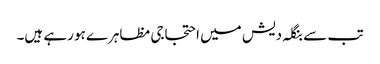
تب سے بنگلہ دیش میں احتجاجی مظاہرے ہو رہے ہیں۔